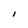
Character: l